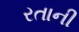
રતાની